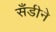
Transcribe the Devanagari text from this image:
सँडीने